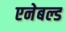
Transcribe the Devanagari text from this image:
एनेबल्ड